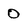
Character: 0